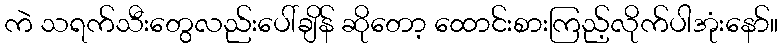
ကဲ သရက်သီးတွေလည်းပေါ်ချိန် ဆိုတော့ ထောင်းစားကြည့်လိုက်ပါအုံးနော်။